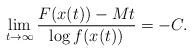
LaTeX: \begin{align*} \lim_{t\to\infty} \frac{F(x(t))-Mt}{\log f(x(t))}= -C. \end{align*}